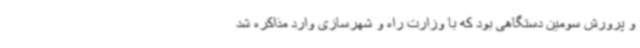
و پرورش سومین دستگاهی بود که با وزارت راه و شهرسازی وارد مذاکره شد